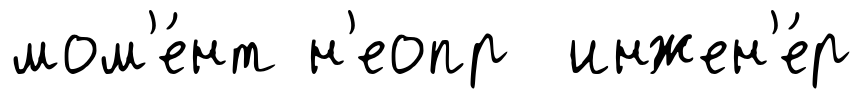
мом'е́нт н'еопр инжен'е́р